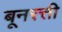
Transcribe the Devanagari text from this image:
बूनरत्ती